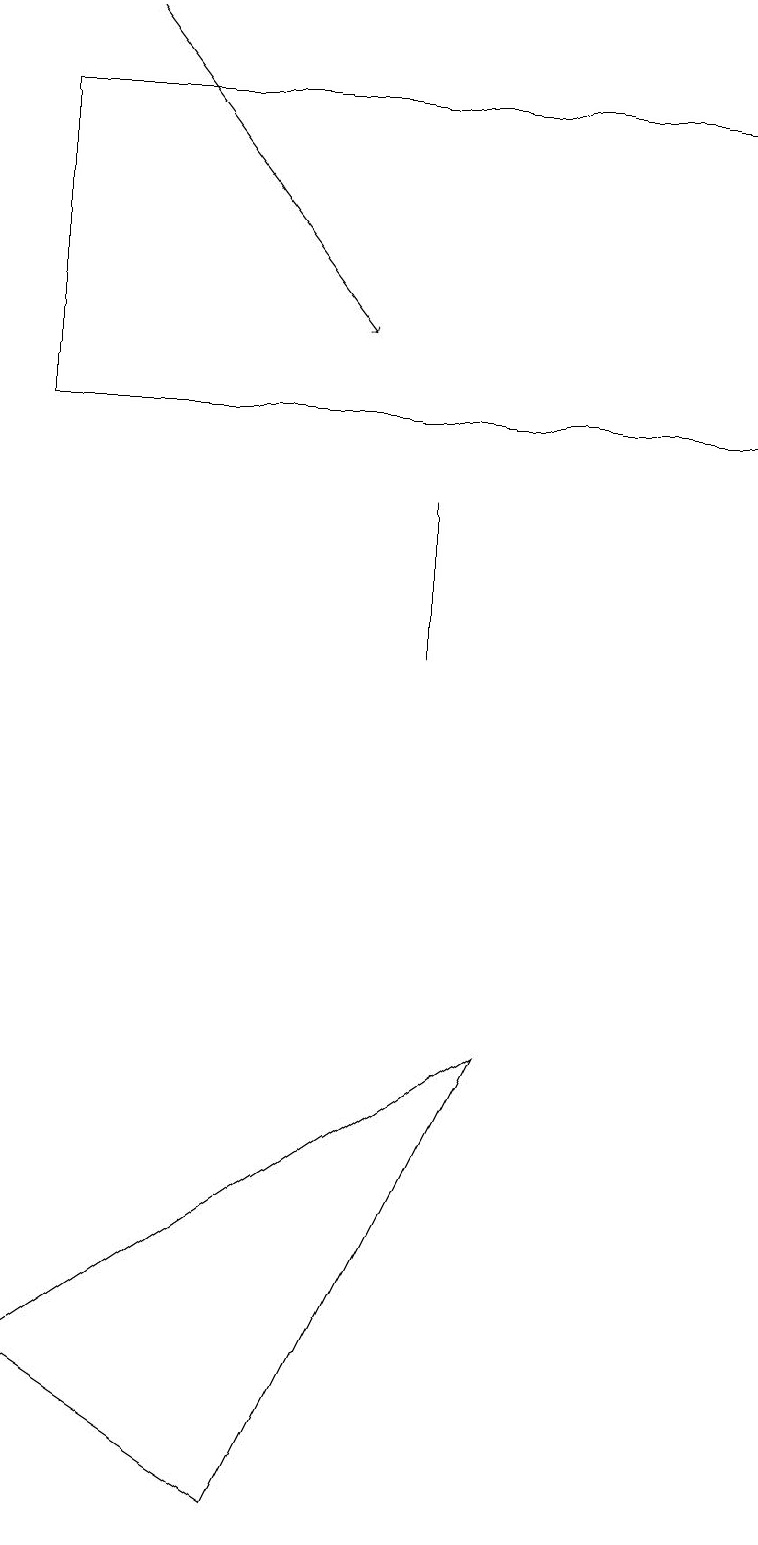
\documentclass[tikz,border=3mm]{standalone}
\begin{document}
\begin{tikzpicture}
\draw (0,17) rectangle (0,15);
\draw[->] (1,19) -- (4,15);
\draw (0,18) rectangle (9,14);
\draw (5,13) rectangle (5,11);
\draw (0,2) -- (3,0) -- (6,6) -- cycle;
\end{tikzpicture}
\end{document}